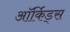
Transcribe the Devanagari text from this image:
ऑर्किड्स